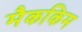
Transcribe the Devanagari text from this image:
मैककिम